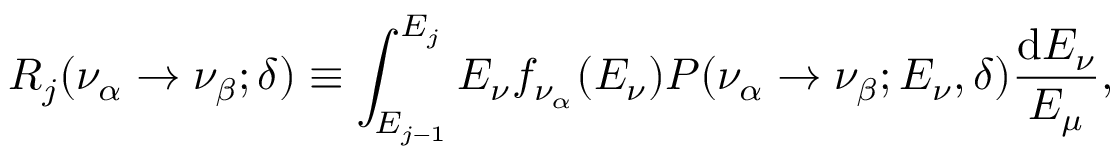
R _ { j } ( \nu _ { \alpha } \rightarrow \nu _ { \beta } ; \delta ) \equiv \int _ { E _ { j - 1 } } ^ { E _ { j } } E _ { \nu } f _ { \nu _ { \alpha } } ( E _ { \nu } ) P ( \nu _ { \alpha } \rightarrow \nu _ { \beta } ; E _ { \nu } , \delta ) \frac { \mathrm { d } E _ { \nu } } { E _ { \mu } } ,